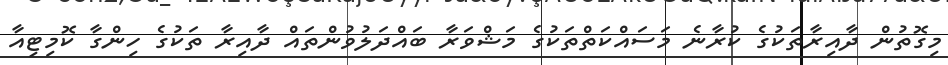
މިގޮތުން ދާއިރާތަކުގެ ކުރާނެ މަސައްކަތްތަކުގެ މަޝްވަރާ ބައްދަލުވުންތައް ދާއިރާ ތަކުގެ ހިންގާ ކޮމިޓިއާ